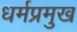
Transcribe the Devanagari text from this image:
धर्मप्रमुख